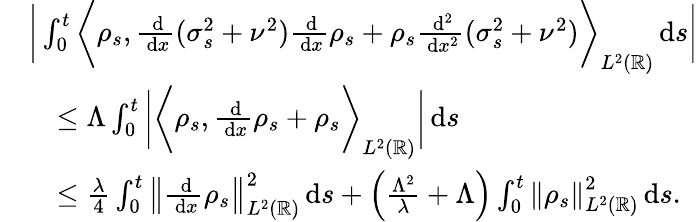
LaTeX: \begin{array}{rl}&{\bigg|\int_{0}^{t}\bigg\langle\rho_{s},\frac{\, \mathrm{d}}{\, \mathrm{d}x}(\sigma_{s}^{2}+\nu^{2})\frac{\, \mathrm{d}}{\, \mathrm{d}x}\rho_{s}+\rho_{s}\frac{\, \mathrm{d}^{2}}{\, \mathrm{d}x^{2}}(\sigma_{s}^{2}+\nu^{2})\bigg\rangle_{L^{2}(\mathbb{R})}\, \mathrm{d}s\bigg|}\\ &{\quad\le\Lambda\int_{0}^{t}\bigg|\bigg\langle\rho_{s},\frac{\, \mathrm{d}}{\, \mathrm{d}x}\rho_{s}+\rho_{s}\bigg\rangle_{L^{2}(\mathbb{R})}\bigg|\, \mathrm{d}s}\\ &{\quad\le\frac{\lambda}{4}\int_{0}^{t}\left\lVert\frac{\, \mathrm{d}}{\, \mathrm{d}x}\rho_{s}\right\rVert_{L^{2}(\mathbb{R})}^{2}\, \mathrm{d}s+\Big(\frac{\Lambda^{2}}{\lambda}+\Lambda\Big)\int_{0}^{t}\left\lVert\rho_{s}\right\rVert_{L^{2}(\mathbb{R})}^{2}\, \mathrm{d}s.}\end{array}